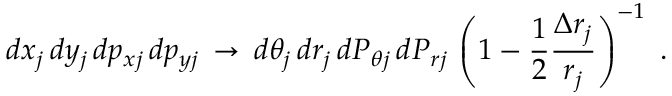
d x _ { j } \, d y _ { j } \, d p _ { x j } \, d p _ { y j } \, \rightarrow \, d \theta _ { j } \, d r _ { j } \, d P _ { \theta j } \, d P _ { r j } \, \left( 1 - \frac { 1 } { 2 } \frac { \Delta r _ { j } } { r _ { j } } \right) ^ { - 1 } \; .